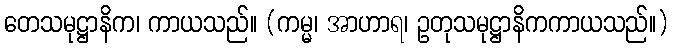
တေသမုဋ္ဌာနိက၊ ကာယသည်။ (ကမ္မ၊ အာဟာရ၊ ဥတုသမုဋ္ဌာနိကကာယသည်။)